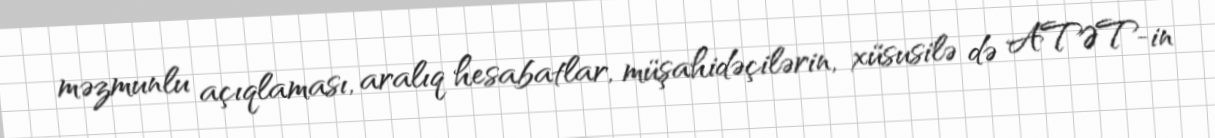
məzmunlu açıqlaması, aralıq hesabatlar, müşahidəçilərin, xüsusilə də ATƏT-in